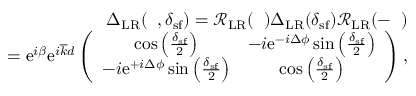
\begin{array} { r l r } & { } & { { \Delta } _ { \mathrm { L R } } ( { \it \Delta \phi } , \delta _ { \mathrm { s f } } ) = \mathcal { R } _ { \mathrm { L R } } ( { \it \Delta \phi } ) { \Delta } _ { \mathrm { L R } } ( \delta _ { \mathrm { s f } } ) \mathcal { R } _ { \mathrm { L R } } ( - { \it \Delta \phi } ) } \\ & { } & { = \mathrm { e } ^ { i \beta } \mathrm { e } ^ { i \overline { { k } } d } \left( \begin{array} { c c } { \cos \left( \frac { \delta _ { \mathrm { s f } } } { 2 } \right) } & { - i \mathrm { e } ^ { - i \Delta \phi } \sin \left( \frac { \delta _ { \mathrm { s f } } } { 2 } \right) } \\ { - i \mathrm { e } ^ { + i \Delta \phi } \sin \left( \frac { \delta _ { \mathrm { s f } } } { 2 } \right) } & { \cos \left( \frac { \delta _ { \mathrm { s f } } } { 2 } \right) } \end{array} \right) , } \end{array}